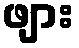
ဖျား